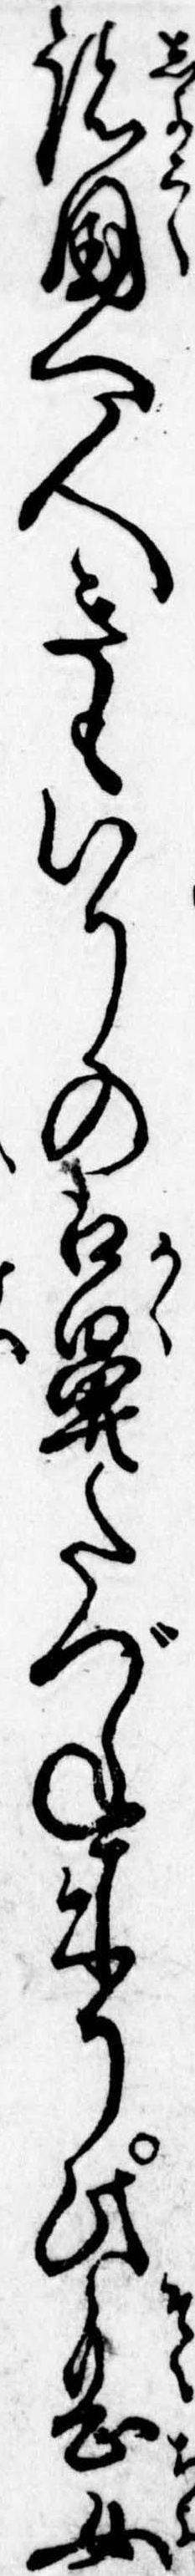
諸国へ人きもいりの口鼻たづね来り此息女